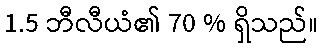
1.5 ဘီလီယံ၏ 70 % ရှိသည်။